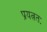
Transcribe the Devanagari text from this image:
प्रयत्नतः